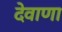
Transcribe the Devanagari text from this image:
देवाणा